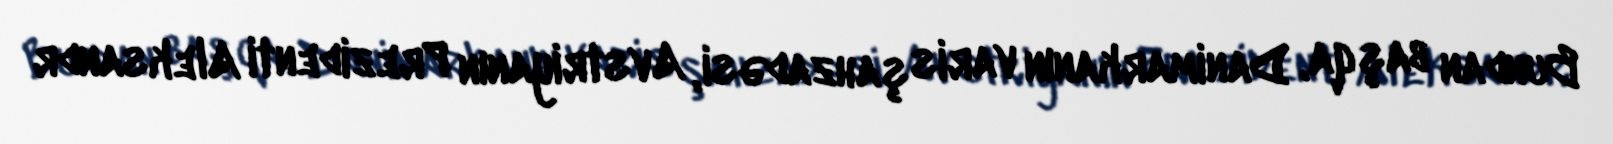
Bundan başqa, Danimarkanın varis şahzadəsi, Avstriyanın Prezidenti Aleksandr